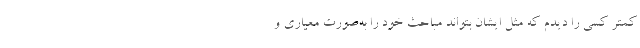
کمتر کسی را دیدم که مثل ایشان بتواند مباحث خود را به‌صورت معیاری و